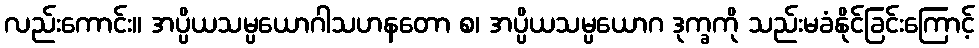
လည်းကောင်း။ အပ္ပိယသမ္ပယောဂါသဟနတော စ၊ အပ္ပိယသမ္ပယောဂ ဒုက္ခကို သည်းမခံနိုင်ခြင်းကြောင့်